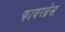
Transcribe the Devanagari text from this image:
फायरब्रेस